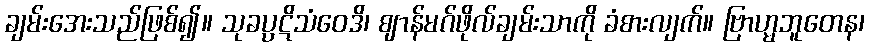
ချမ်းအေးသည်ဖြစ်၍။ သုခပ္ပဋိသံဝေဒိ၊ ဈာန်မဂ်ဖိုလ်ချမ်းသာကို ခံစားလျက်။ ဗြာဟ္မဘူတေန၊